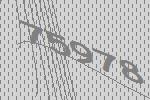
75978